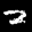
Label: 2